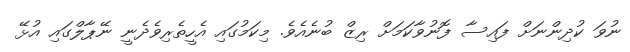
ނުވަ ކުދިންނަށް ފައިސާ ފޮނުވާކަމަށް ރިޒް ބުނެއެވެ. މިކަމުގައި އެހީތެރިވެދެނީ ނޭޕާލްގައި އުޅޭ